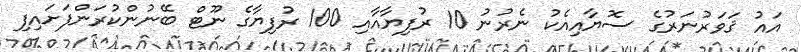
އައު ޤަވަރުނަރުގެ ސޮޔާއިއެކު ނެރުނު 10 ރުފިޔާއާއި 100 ރުފިޔާގެ ނޫޓް ބޭނުންކުރަންފަށައިފި